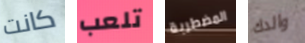
كانت تلعب المضطربة والدك